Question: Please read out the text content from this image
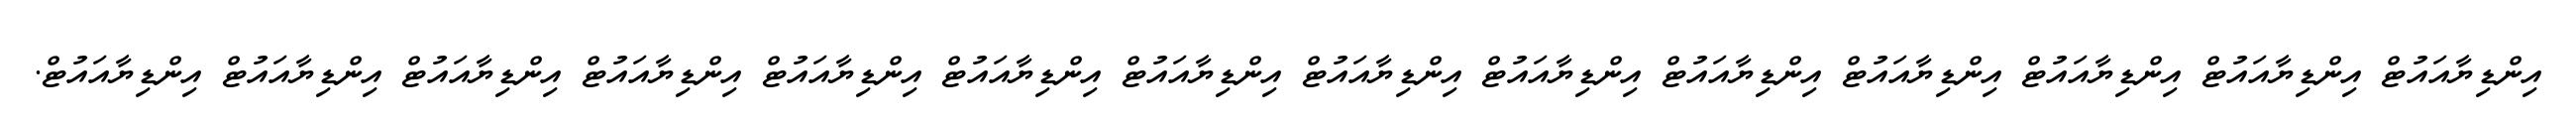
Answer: އިންޑިޔާއައުޓް އިންޑިޔާއައުޓް އިންޑިޔާއައުޓް އިންޑިޔާއައުޓް އިންޑިޔާއައުޓް އިންޑިޔާއައުޓް އިންޑިޔާއައުޓް އިންޑިޔާއައުޓް އިންޑިޔާއައުޓް އިންޑިޔާއައުޓް އިންޑިޔާއައުޓް އިންޑިޔާއައުޓް އިންޑިޔާއައުޓް އިންޑިޔާއައުޓް.